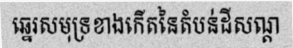
ឆ្នេរសមុទ្រខាងកើតនៃតំបន់ដីសណ្ត